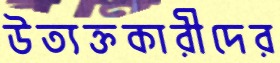
উত্যক্তকারীদের